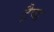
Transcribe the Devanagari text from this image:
ट्रैप्ड